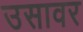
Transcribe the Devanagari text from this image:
उसावर